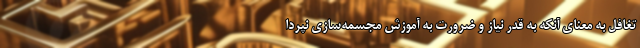
تغافل به معنای آنکه به قدر نیاز و ضرورت به آموزش مجسمه‌سازی نپردا